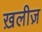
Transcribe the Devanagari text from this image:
ख़लीज़